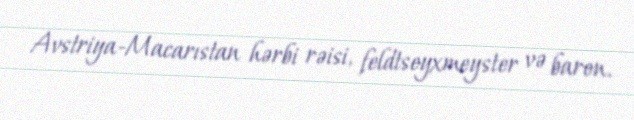
Avstriya-Macarıstan hərbi rəisi, feldtseyxmeyster və baron.